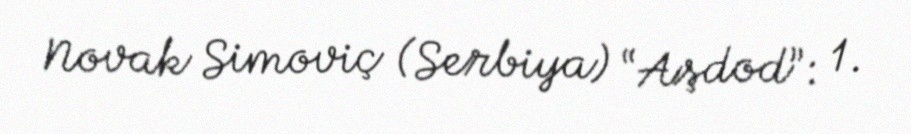
Novak Simoviç (Serbiya) “Aşdod”: 1.